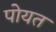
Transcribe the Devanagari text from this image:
पोयत